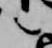
言